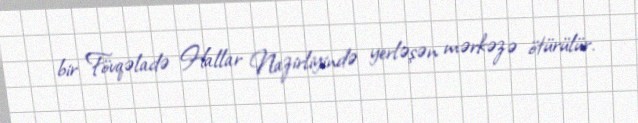
bir Fövqəladə Hallar Nazirliyində yerləşən mərkəzə ötürülür.